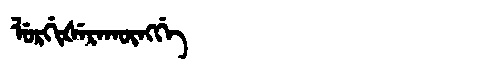
Manchu: ᠯᡠᡵᡤᡳᡧᡝᡵᠠᡴᡡᠩᡤᡝ
Romanization: LURGIŠERAKŪNGGE